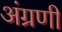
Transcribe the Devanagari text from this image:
अंग्रणी